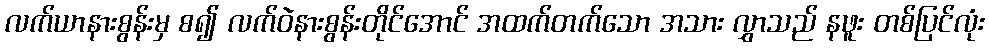
လက်ယာနားစွန်းမှ စ၍ လက်ဝဲနားစွန်းတိုင်အောင် အထက်တက်သော အသား လွှာသည် နဖူး တစ်ပြင်လုံး